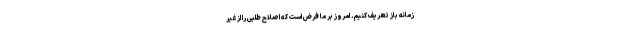
زمانه باز تعریف کنیم. امروز بر ما فرض است که اصلاح طلبی را از غیر